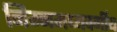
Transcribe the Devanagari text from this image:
निम्नमध्यवर्गीय